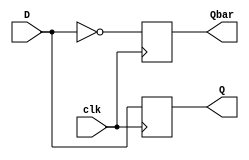
module D_ff(D, clk, Q, Qbar);
input D, clk;
output Q, Qbar; 
reg Q, Qbar; 
always @ (posedge clk) 
begin 
Q = D;
Qbar = ~D;
end 
endmodule